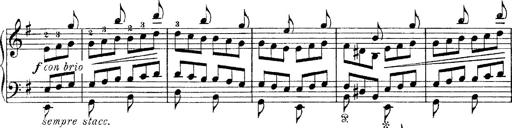
Title: Tarantelle di bravura dâ€™aprÃ¨s la tarantelle de La muette de Portici
Composer: Franz Liszt